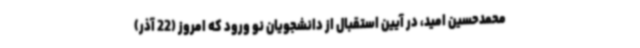
محمدحسین امید، در آیین استقبال از دانشجویان نو ورود که امروز (22 آذر)